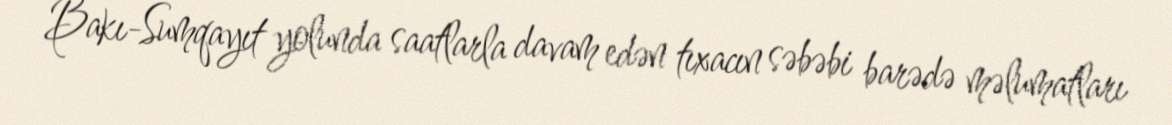
Bakı-Sumqayıt yolunda saatlarla davam edən tıxacın səbəbi barədə məlumatları